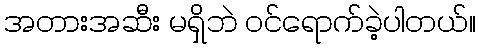
အတားအဆီး မရှိဘဲ ဝင်ရောက်ခဲ့ပါတယ်။